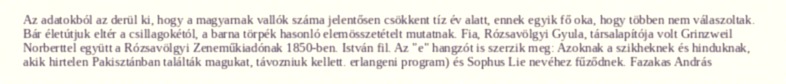
Az adatokból az derül ki, hogy a magyarnak vallók száma jelentősen csökkent tíz év alatt, ennek egyik fő oka, hogy többen nem válaszoltak. Bár életútjuk eltér a csillagokétól, a barna törpék hasonló elemösszetételt mutatnak. Fia, Rózsavölgyi Gyula, társalapítója volt Grinzweil Norberttel együtt a Rózsavölgyi Zeneműkiadónak 1850-ben. István fil. Az "e" hangzót is szerzik meg: Azoknak a szikheknek és hinduknak, akik hirtelen Pakisztánban találták magukat, távozniuk kellett. erlangeni program) és Sophus Lie nevéhez fűződnek. Fazakas András